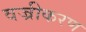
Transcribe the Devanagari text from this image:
वज्रीकरण